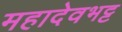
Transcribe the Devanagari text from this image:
महादेवभट्ट